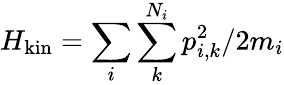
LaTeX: H_{\mathrm{kin}}=\sum_{i}\sum_{k}^{N_{i}}p_{i,k}^{2}/2m_{i}